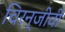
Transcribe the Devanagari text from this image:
चिरन्जीवी